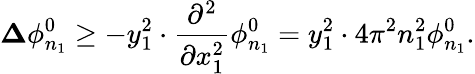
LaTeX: {\mathbf\Delta}\phi_{n_{1}}^{0}\geq-y_{1}^{2}\cdot\frac{\partial^{2}}{\partial x_{1}^{2}}\phi_{n_{1}}^{0}=y_{1}^{2}\cdot 4\pi^{2}n_{1}^{2}\phi_{n_{1}}^{0}.